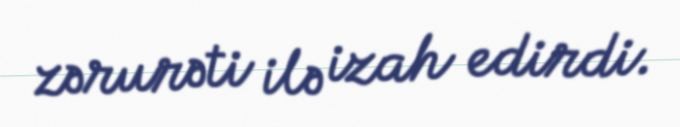
zərurəti ilə izah edirdi.